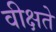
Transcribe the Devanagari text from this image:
वीक्षते